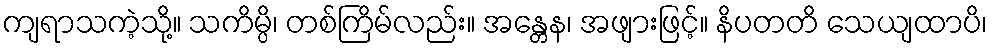
ကျရာသကဲ့သို့။ သကိမ္ပိ၊ တစ်ကြိမ်လည်း။ အန္တေန၊ အဖျားဖြင့်။ နိပတတိ သေယျထာပိ၊